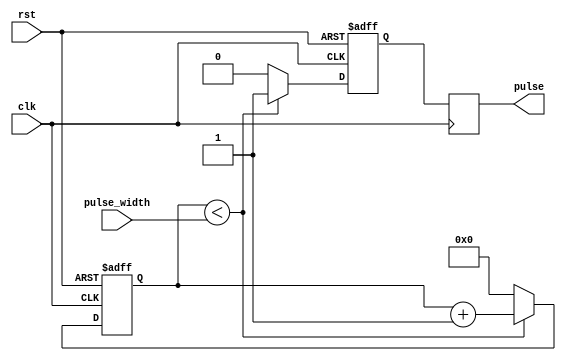
module VariablePulseWidthGenerator (
    input clk,
    input rst,
    input [31:0] pulse_width,
    output reg pulse
);

reg [31:0] counter;
reg sync_pulse;

always @ (posedge clk or posedge rst) begin
    if (rst) begin
        counter <= 0;
        sync_pulse <= 0;
    end else begin
        if (counter < pulse_width) begin
            counter <= counter + 1;
            sync_pulse <= 1;
        end else begin
            counter <= 0;
            sync_pulse <= 0;
        end
    end
end

always @ (posedge clk) begin
    pulse <= sync_pulse;
end

endmodule